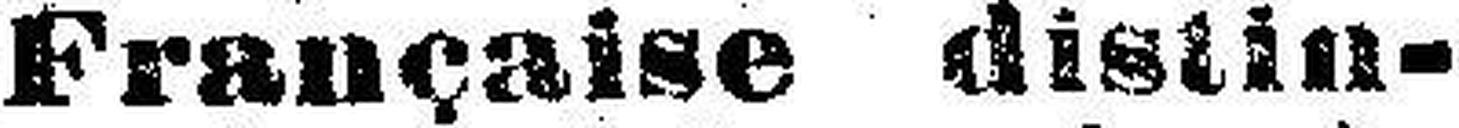
Française distin¬